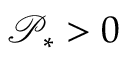
\mathcal { P } _ { * } > 0